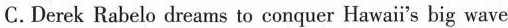
C.Derek Rabelo dreams to conquer Hawai's big wave